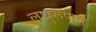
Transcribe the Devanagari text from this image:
लघुरूपाने